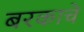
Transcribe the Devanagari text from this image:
बरकाचे